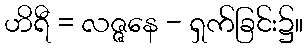
ဟိရီ = လဇ္ဇနေ - ရှက်ခြင်း၌။